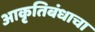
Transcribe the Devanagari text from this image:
आकृतिबंधाचा